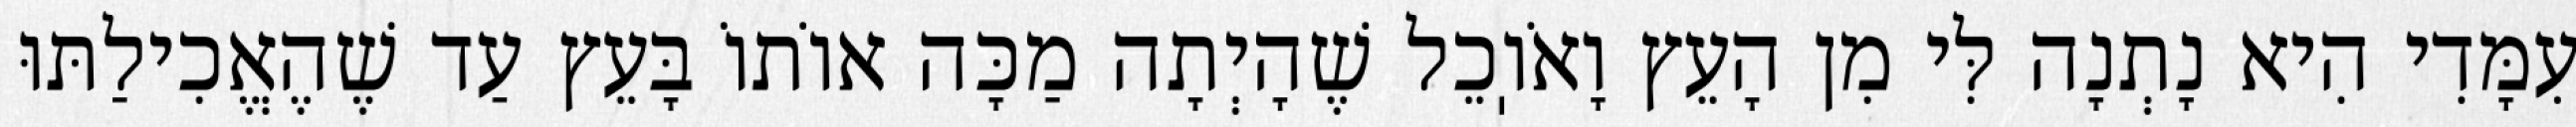
עִמָּדִי הִיא נָתְנָה לִּי מִן הָעֵץ וָאֹוֽכֵל שֶׁהָיְתָה מַכָּה אוֹתוֹ בָּעֵץ עַד שֶׁהֶאֱכִילַתּוּ